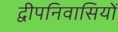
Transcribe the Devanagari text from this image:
द्वीपनिवासियों